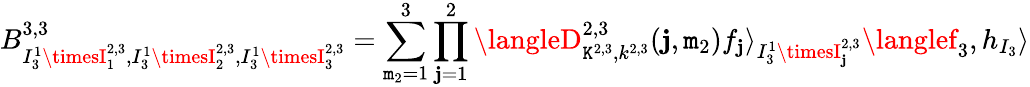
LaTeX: B_{I_{3}^{1}\timesI_{1}^{2,3},I_{3}^{1}\timesI_{2}^{2,3},I_{3}^{1}\timesI_{3}^{2,3}}^{3,3}=\sum_{\mathtt{m}_{2}=1}^{3}\prod_{\mathbf{j}=1}^{2}\langleD_{\mathtt{K}^{2,3},k^{2,3}}^{2,3}(\mathbf{j},\mathtt{m}_{2})f_{\mathbf{j}}\rangle_{I_{3}^{1}\timesI_{\mathbf{j}}^{2,3}}\langlef_{3},h_{I_{3}}\rangle